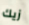
زيك